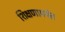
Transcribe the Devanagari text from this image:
शिक्षणापर्यत